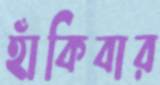
হাঁকিবার